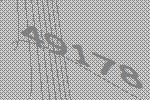
49178